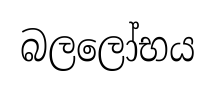
බලලෝභය